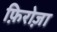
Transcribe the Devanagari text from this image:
फ़िरोज़ा